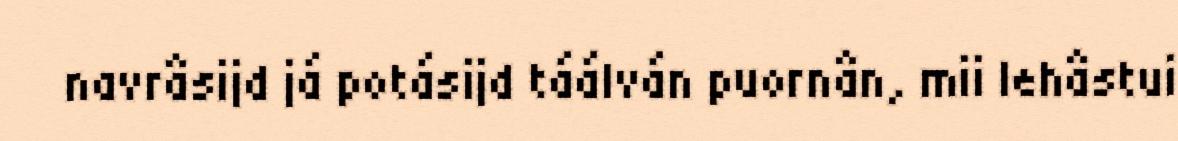
navrâsijd já potásijd táálván puornân, mii lehâstui